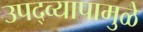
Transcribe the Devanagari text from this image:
उपद्‌व्यापामुळे